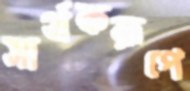
সার্থকরূপে